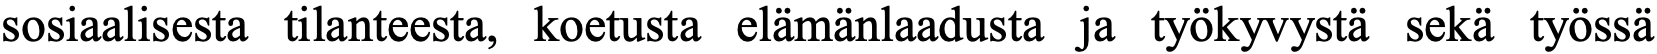
sosiaalisesta tilanteesta, koetusta elämänlaadusta ja työkyvystä sekä työssä